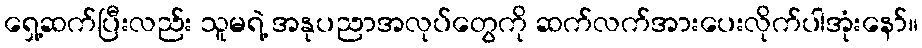
ရှေ့ဆက်ပြီးလည်း သူမရဲ့ အနုပညာအလုပ်တွေကို ဆက်လက်အားပေးလိုက်ပါအုံးနော်။